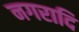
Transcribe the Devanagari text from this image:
नगरादि